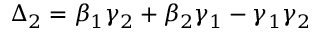
\Delta _ { 2 } = \beta _ { 1 } \gamma _ { 2 } + \beta _ { 2 } \gamma _ { 1 } - \gamma _ { 1 } \gamma _ { 2 }